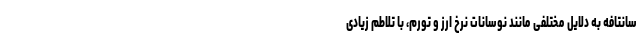
سانتافه به دلایل مختلفی مانند نوسانات نرخ ارز و تورم، با تلاطم زیادی